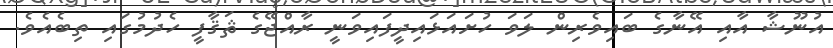
އުނޫޝާ އާއި އޭނާގެ ބައިވެރިން ލަވަ ހުށައަޅައިދީފައިވަނީ ރާއްޖޭގެ ޘަޤާފީ ހެދުމުގައި ތިބެއެވެ.